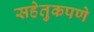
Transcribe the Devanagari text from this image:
सहेतुकपणे